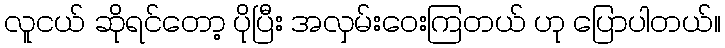
လူငယ် ဆိုရင်တော့ ပိုပြီး အလှမ်းဝေးကြတယ် ဟု ပြောပါတယ်။